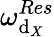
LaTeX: \omega_{\mathrm{d}_{X}}^{Res}